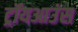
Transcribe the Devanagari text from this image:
ट्रॉयआउंस